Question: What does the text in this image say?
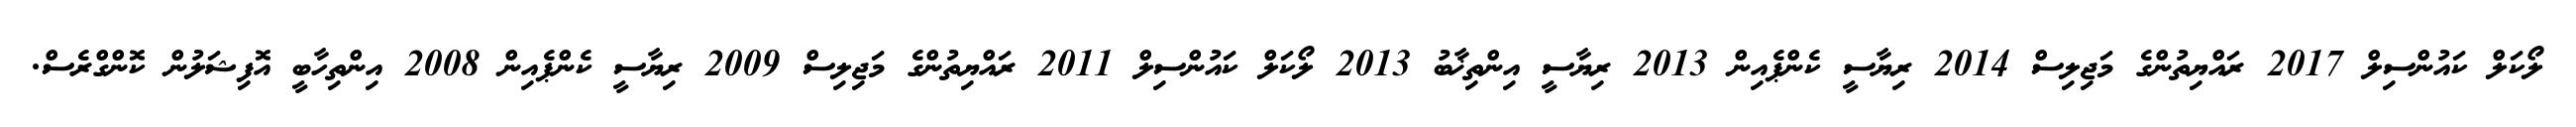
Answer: ލޯކަލް ކައުންސިލް 2017 ރައްޔިތުންގެ މަޖިލިސް 2014 ރިޔާސީ ކެންޕެއިން 2013 ރިޔާސީ އިންތިޚާބު 2013 ލޯކަލް ކައުންސިލް 2011 ރައްޔިތުންގެ މަޖިލިސް 2009 ރިޔާސީ ކެންޕެއިން 2008 އިންތިހާބީ އޮފިޝަލުން ކޮންގްރެސް.